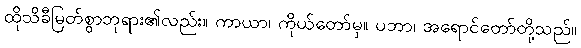
ထိုသိခီမြတ်စွာဘုရား၏လည်း။ ကာယာ၊ ကိုယ်တော်မှ။ ပဘာ၊ အရောင်တော်တို့သည်။